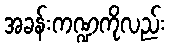
အခန်းကဏ္ဍကိုလည်း